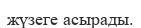
жүзеге асырады.